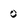
Character: 0